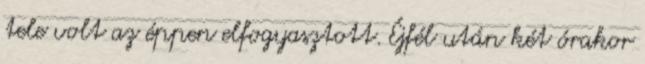
tele volt az éppen elfogyasztott. Éjfél után két órakor